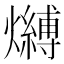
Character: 𤒔